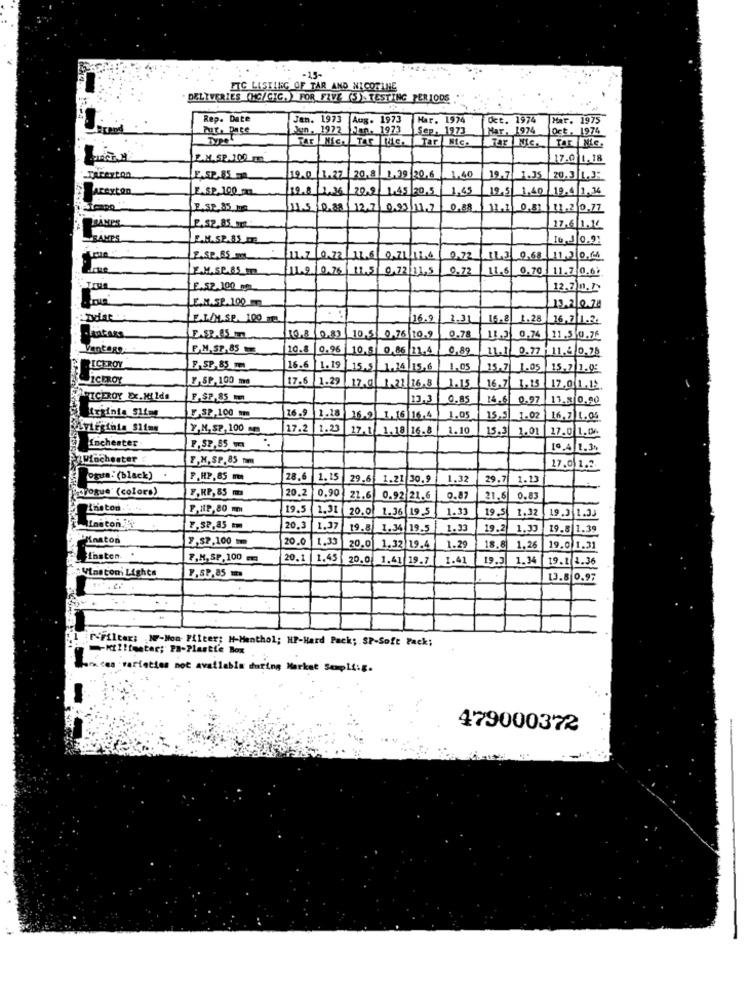
-15-
FTC LISTING OF TAR AND NICOTINE
DELIVERIES (HC/CIC.) FOR FIVE (S) TESTING PERIODS
Rep. Date
Jan. 1973 Aug. 1973
Aug. 1973
Har. 1974
Oct. 1974
Mar. 1975
ur. Date
Hun. 1972 Jan. 1973
Sep. 1973
Mar, 1974
Oct. 1974
Tar Nic. Tar Nic.
L.M.SP.100 ml
17.0 1.18
Tareyton
E.5P.85 -
19.0 1.27 20.8 1.39 30.6 1.40
19.7 1.35 20.3 1.3:
wrexton
E.SP 100 pm
19.8 2,36 20.9 1,45 20.5 1,45
19,5 1,40 19.4 1,36
E.SP.85 Mm
11.5 0.38 12.7 0.05 1.7
0.88
11.1 0.81 11.2 0.77
TRAMES
17,6/1.14
GAMES
E.M.SP.85 PT
E.S.P.B5 m
11.7 0.72
146 0,71/116
0,72
143 9
11,3 0.64
E.M.SP.85 m
112/0,75
11.5 0.72/11,5
0.72
11.6 0.70 . 11.7 0.62
F.52.100 om
12.7 0.2.
E.M.SP. 100 m
13.3|0.78
EL/ML.SP. 100 m
16.9
2.31 |16.2
1.28
16,7 1.2.
IO.8
E.SR.85 m.
10.5 0.76 10.9
0.78
0.74
11.5 0.76
Vantage
F.M. ST. 85
10.8
0.96 10.3 0.86 13.4
0,89
11.1 0.77 11,6 0,28
RICEROY
F. SP. 85 m
16.6 1.19 15.5
1.14 15,6
1,05
15.7 1.05
15.7 1.0:
VICEROY
F,SP, 100 mo
17.6 1.29 17.0
1.21 16.8
1.15
16.7 1.15
17.0 1.12
VICEROY EX.Hilda
F,$7,85 mm
13.3
0.85
14.6 0.97 13.8/0.90
16 -
triinis Slime
F-SP,100 mm
1.18
16.9
1.16/16
1.05
15.5 1.02
16.7 1.04
Y.M. SP, 100 m
17.2 1.23
17.1
1.18 16.8
1.10
15.3 1.01
Inchester
17.0 1.06.
P,S2,85 w
[6.4 1.3%
Winchester
F.M.SP.85 mm
17.0 1.3.
Ogun: (black)
P.HP,85 m
28.6
1.15
29.6 1.21 30.9
1.32
29.7| 1.13
toque (coloro)
20.2
0,90
F,HP, 85 mm
21.6 0.92 21.6
0.8
21.6
0.8
Thaton ....
F.112,80 m
19.5
1.31
20.0 1.36 195
1.33
19.5
1.32
19.3 1.33
Ineton.
7.52,85 m
20.
1.37
19.8 1.34 19.5
1.33
19.2
1.33
19.8 1.39
PMnaton
7,SP,100-
20.0
1.39
20.0 1.32 19.4
1.29
18.8
1.26
19.0 1.31
Insten.
P.M. SP, 100 m
20.1 1.45
20.0 1.41 19.7
1.41
19.3
1.34
19.1 1.36
Winston' Lights
P.SP,85 m
13.8 0.97
P-Filter: MP-Mon- Filter; H-Menthol; HP-Hard Pack; SP-Soft Pack;
-- Killtenter; PB-Plastie Box
icas varieties not available during Market Sempli:g.
479000372